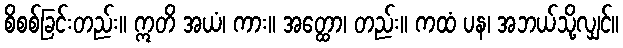
စိစစ်ခြင်းတည်း။ ဣတိ အယံ၊ ကား။ အတ္ထော၊ တည်း။ ကထံ ပန၊ အဘယ်သို့လျှင်။